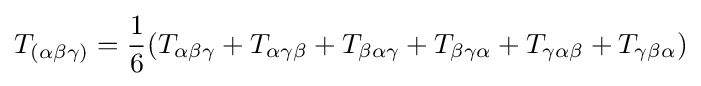
T_{(\alpha \beta \gamma )}={\frac {1}{6}}(T_{\alpha \beta \gamma }+T_{\alpha \gamma \beta }+T_{\beta \alpha \gamma }+T_{\beta \gamma \alpha }+T_{\gamma \alpha \beta }+T_{\gamma \beta \alpha })